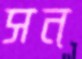
সন্